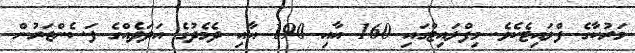
މަރުކާގެ ފްލައިޓެކެވެ. މިފްލައިޓްގައި 160 އާއި 190 އާއި ދެމެދުގެ އަދަދެއްގެ ފަސެންޖަރުން